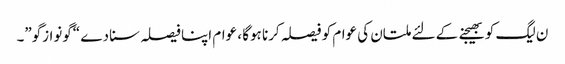
ن لیگ کو بھیجنے کے لئے ملتان کی عوام کو فیصلہ کرنا ہوگا ، عوام اپنا فیصلہ سنا دے “گونوازگو”۔